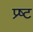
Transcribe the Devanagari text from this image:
प्र्ष्ट